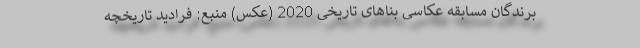
برندگان مسابقه عکاسی بنا‌های تاریخی 2020 (عکس) منبع: فرادید تاریخچه